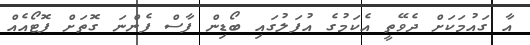
އާ ގައުމަކަށް ދެވޭތީ އެކަމުގެ އުފަލުގައި ބޯޑިން ފާސް ފެންނަ ގޮތަށް ފޮޓޯއެއް